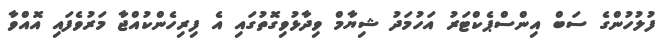
ފުލުހުންގެ ސަބް އިންސްޕެކްޓަރު އަހުމަދު ޝިޔާމް ވިދާޅުވިގޮތުގައި އެ ފިރިހެންކުއްޖާ މަރުވެފައި އޮއްވާ